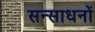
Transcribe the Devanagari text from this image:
सन्साधनों